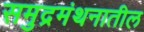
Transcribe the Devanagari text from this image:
समुद्रमंथनातील